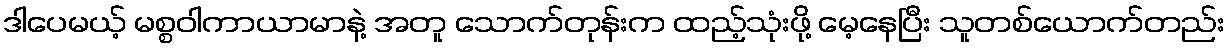
ဒါပေမယ့် မစ္စဝါကာယာမာနဲ့ အတူ သောက်တုန်းက ထည့်သုံးဖို့ မေ့နေပြီး သူတစ်ယောက်တည်း